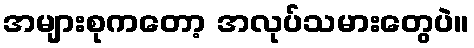
အများစုကတော့ အလုပ်သမားတွေပဲ။